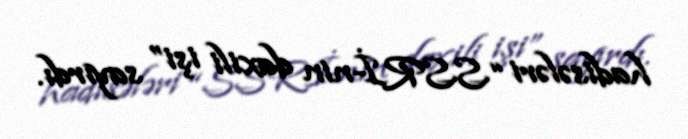
hadisələri “SSRİ-nin daxili işi” sayırdı.